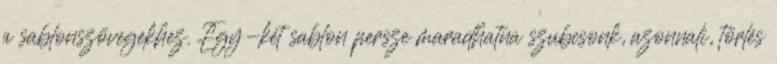
a sablonszövegekhez. Egy-két sablon persze maradhatna szubcsonk, azonnali, törlés